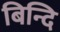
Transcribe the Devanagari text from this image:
बिन्दि